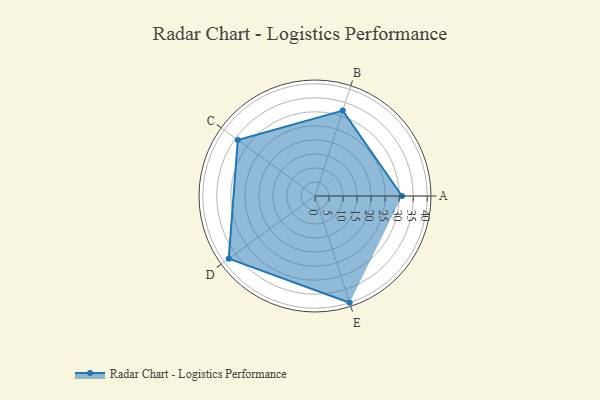
{"axis": {"x": "Skill", "y": "Score"}, "legend": ["Profile"], "data": [{"x": "A", "y": 31.0, "type": "Profile"}, {"x": "B", "y": 32.0, "type": "Profile"}, {"x": "C", "y": 34.0, "type": "Profile"}, {"x": "D", "y": 38.0, "type": "Profile"}, {"x": "E", "y": 40.0, "type": "Profile"}]}